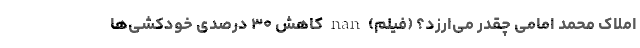
املاک محمد امامی چقدر می‌ارزد؟ (فیلم) nan کاهش ۳۰ درصدی خودکشی‌ها